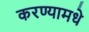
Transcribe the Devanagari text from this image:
करण्यामधे